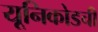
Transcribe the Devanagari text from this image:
यूनिकोडची